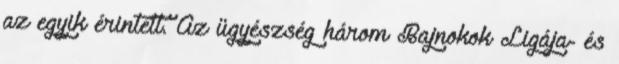
az egyik érintett. Az ügyészség három Bajnokok Ligája- és